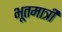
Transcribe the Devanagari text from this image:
भूतमात्रीं